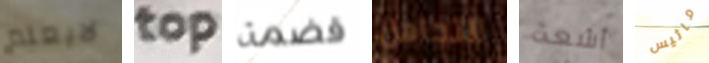
لايعلم top قضمة التجاهل أشعة ماثيس